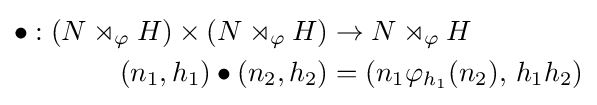
{\begin{aligned}\bullet :(N\rtimes _{\varphi }H)\times (N\rtimes _{\varphi }H)&\to N\rtimes _{\varphi }H\\(n_{1},h_{1})\bullet (n_{2},h_{2})&=(n_{1}\varphi _{h_{1}}(n_{2}),\,h_{1}h_{2})\end{aligned}}